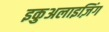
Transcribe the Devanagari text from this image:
इकुअलाइज़िंग